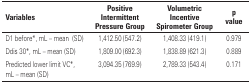
<table><thead><tr><td><b>Variables</b></td><td><b>Positive Intermittent Pressure Group</b></td><td><b>Volumetric Incentive Spirometer Group</b></td><td><b>p value</b></td></tr></thead><tbody><tr><td>D1 before*, mL – mean (SD)</td><td>1,412.50 (547.2)</td><td>1,408.33 (419.1)</td><td>0.979</td></tr><tr><td>Ddis 30*, mL – mean (SD)</td><td>1,809.00 (692.3)</td><td>1,838.89 (621.3)</td><td>0.889</td></tr><tr><td>Predicted lower limit VC*, mL – mean (SD)</td><td>3,094.35 (769.9)</td><td>2,789.33 (543.4)</td><td>0.171</td></tr></tbody></table>